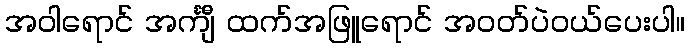
အဝါရောင် အင်္ကျီ ထက်အဖြူရောင် အဝတ်ပဲဝယ်ပေးပါ။